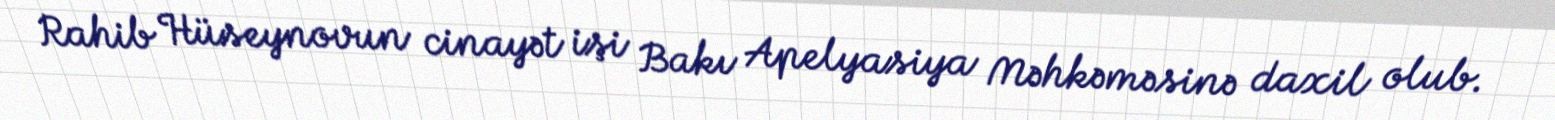
Rahib Hüseynovun cinayət işi Bakı Apelyasiya Məhkəməsinə daxil olub.